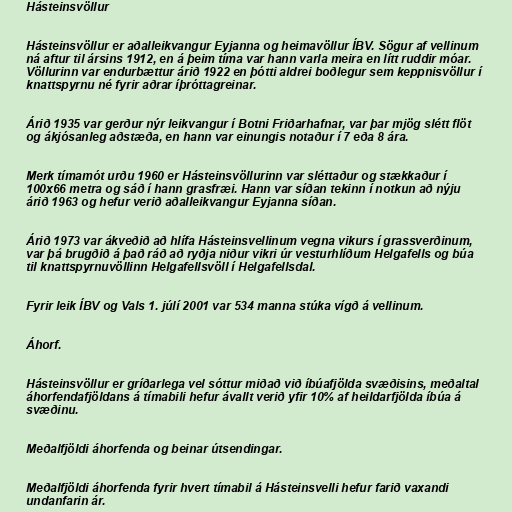
Hásteinsvöllur

Hásteinsvöllur er aðalleikvangur Eyjanna og heimavöllur ÍBV. Sögur af vellinum
ná aftur til ársins 1912, en á þeim tíma var hann varla meira en lítt ruddir móar.
Völlurinn var endurbættur árið 1922 en þótti aldrei boðlegur sem keppnisvöllur í
knattspyrnu né fyrir aðrar íþróttagreinar.

Árið 1935 var gerður nýr leikvangur í Botni Friðarhafnar, var þar mjög slétt flöt
og ákjósanleg aðstæða, en hann var einungis notaður í 7 eða 8 ára.

Merk tímamót urðu 1960 er Hásteinsvöllurinn var sléttaður og stækkaður í
100x66 metra og sáð í hann grasfræi. Hann var síðan tekinn í notkun að nýju
árið 1963 og hefur verið aðalleikvangur Eyjanna síðan.

Árið 1973 var ákveðið að hlífa Hásteinsvellinum vegna vikurs í grassverðinum,
var þá brugðið á það ráð að ryðja niður vikri úr vesturhlíðum Helgafells og búa
til knattspyrnuvöllinn Helgafellsvöll í Helgafellsdal.

Fyrir leik ÍBV og Vals 1. júlí 2001 var 534 manna stúka vígð á vellinum.

Áhorf.

Hásteinsvöllur er gríðarlega vel sóttur miðað við íbúafjölda svæðisins, meðaltal
áhorfendafjöldans á tímabili hefur ávallt verið yfir 10% af heildarfjölda íbúa á
svæðinu.

Meðalfjöldi áhorfenda og beinar útsendingar.

Meðalfjöldi áhorfenda fyrir hvert tímabil á Hásteinsvelli hefur farið vaxandi
undanfarin ár.